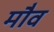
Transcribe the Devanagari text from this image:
मौव